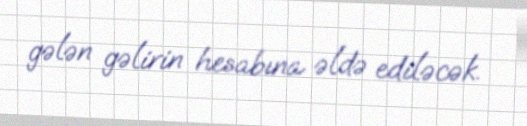
gələn gəlirin hesabına əldə ediləcək.